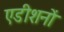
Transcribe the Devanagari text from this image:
एडीशनों